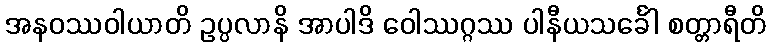
အနဝဿဝါယာတိ ဥပ္ပလာနိ အာပါဒိ ဝေါဿဂ္ဂဿ ပါနီယသင်္ခေါ စတ္တာရီတိ